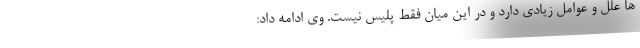
ها علل و عوامل زیادی دارد و در این میان فقط پلیس نیست. وی ادامه داد: